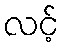
လင့်